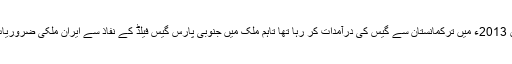
ایرانی گیس کی برامدات میں 93 فیصد کا اضافہ ایک ایسے وقت ہے جب ایران 2013ء میں ترکمانستان سے گیس کی درآمدات کر رہا تھا تاہم ملک میں جنوبی پارس گیس فیلڈ کے نفاذ سے ایران ملکی ضروریات کی فراہمی کے علاوہ دوسرے ممالک کو گیس کی برامدات بھی کر رہا ہے۔